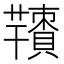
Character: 𦏙